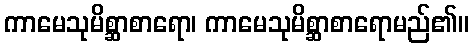
ကာမေသုမိစ္ဆာစာရော၊ ကာမေသုမိစ္ဆာစာရောမည်၏။